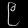
Digit: ၉